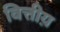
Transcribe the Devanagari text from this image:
वित्तीय़